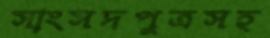
সাংসদপুত্রসহ